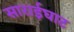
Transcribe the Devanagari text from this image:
साराईघाट